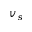
v _ { s }